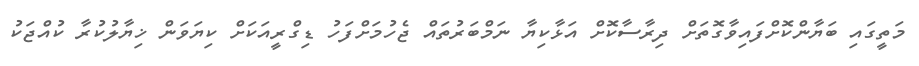
މަތީގައި ބަޔާންކޮށްފައިވާގޮތަށް ދިރާސާކޮށް އަޅާކިޔާ ނަމްބަރުތައް ޖެހުމަށްފަހު ޑިގްރީއަކަށް ކިޔަވަން ޚިޔާލުކުރާ ކުއްޖަކު